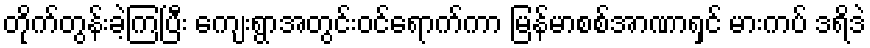
တိုက်တွန်းခဲ့ကြပြီး ကျေးရွာအတွင်းဝင်ရောက်ကာ မြန်မာစစ်အာဏာရှင် မားကပ် ဒရိဒဲ